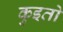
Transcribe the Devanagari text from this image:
कुइतो